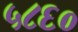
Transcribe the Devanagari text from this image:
५८६०